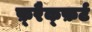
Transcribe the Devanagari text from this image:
फ़्रैक्फ़र्ट